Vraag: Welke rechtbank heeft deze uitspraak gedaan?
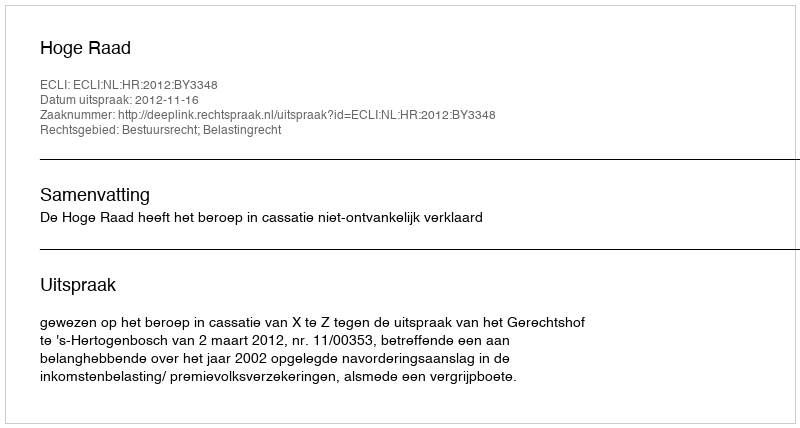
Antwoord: Hoge Raad